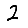
Digit: 2